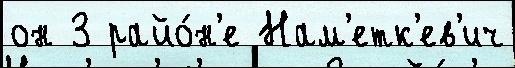
он 3 райо́н'е Нам'етк'ев'ич